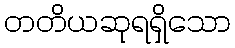
တတိယဆုရရှိသော